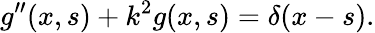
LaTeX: g^{\prime\prime}(x,s)+k^{2}g(x,s)=\delta(x-s).